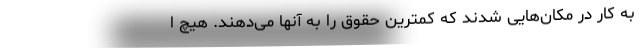
به کار در مکان‌هایی شدند که کمترین حقوق را به آنها می‌دهند. هیچ ا